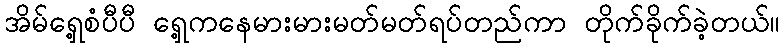
အိမ်ရှေ့စံပီပီ ရှေ့ကနေမားမားမတ်မတ်ရပ်တည်ကာ တိုက်ခိုက်ခဲ့တယ်။